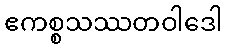
ဧကစ္စသဿတဝါဒေါ